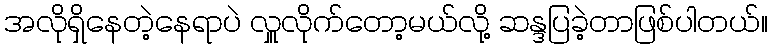
အလိုရှိနေတဲ့နေရာပဲ လှူလိုက်တော့မယ်လို့ ဆန္ဒပြခဲ့တာဖြစ်ပါတယ်။